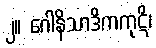
၂။ ဂေါနိသာဒိကကုဋိ၊